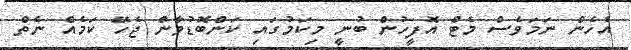
އެހެން ނަމަވެސް މެޓް އޮފީހުން ބުނީ މިކަމުގައި ކަންބޮޑުވާން ޖެހޭ ކަމެއް ނެތް